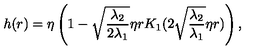
h ( r ) = \eta \left( 1 - \sqrt { \frac { \lambda _ { 2 } } { 2 \lambda _ { 1 } } } \eta r K _ { 1 } ( 2 \sqrt { \frac { \lambda _ { 2 } } { \lambda _ { 1 } } } \eta r ) \right) ,